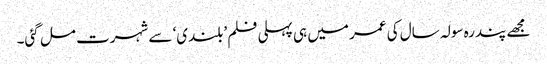
مجھے پندرہ سولہ سال کی عمر میں ہی پہلی فلم ’بلندی‘ سے شہرت مل گئی۔